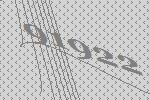
91922